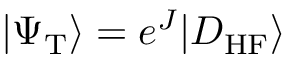
| \Psi _ { \mathrm { T } } \rangle = e ^ { J } | D _ { \mathrm { H F } } \rangle